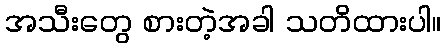
အသီးတွေ စားတဲ့အခါ သတိထားပါ။